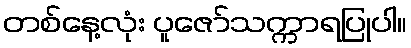
တစ်နေ့လုံး ပူဇော်သက္ကာရပြုပါ။